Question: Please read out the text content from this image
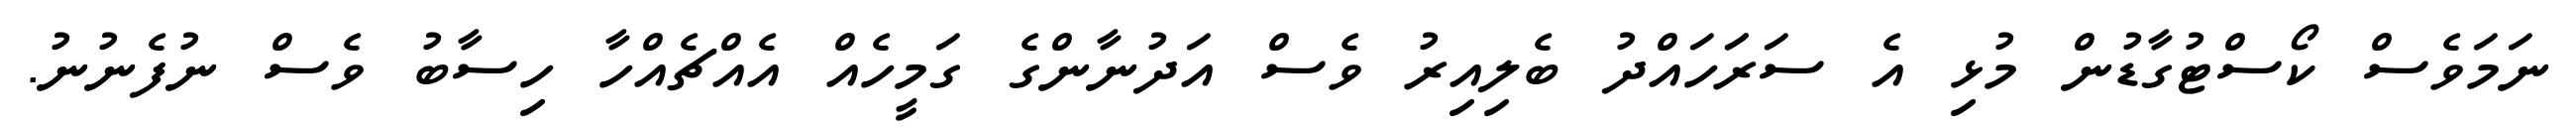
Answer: ނަމަވެސް ކޯސްޓުގާޑުން މުޅި އެ ސަރަަހައްދު ބެލިއިރު ވެސް އަދުނާންގެ ގަމީހެއް އެއްޗެއްހާ ހިސާބު ވެސް ނުފެނުނު.